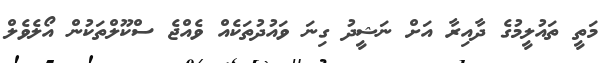
މަތީ ތައުލީމުގެ ދާއިރާ އަށް ނަޝީދު ގިނަ ވައުދުތަކެއް ވެއްޖެ ސްކޫލްތަކުން އޯލެވެލް